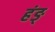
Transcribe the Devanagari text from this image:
हंङ्